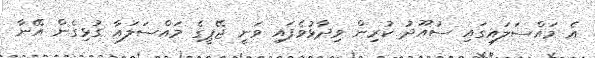
އެ މައްސަލައިގައި ސުއޫދު ކުރިން ވިދާޅުވެފައި ވަނީ ޖޭޕީގެ މައްސަލައާ ގުޅިގެން އޭނާ